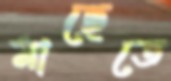
মাছেতে